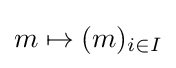
m\mapsto (m)_{i\in I}